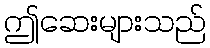
ဤဆေးများသည်